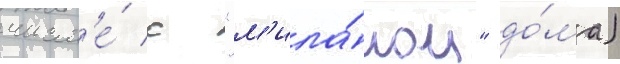
числ'е́ с "м'ила́ном" до́ма)